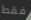
فقط